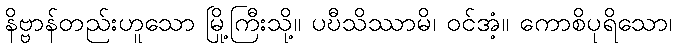
နိဗ္ဗာန်တည်းဟူသော မြို့ကြီးသို့။ ပဎီသိဿာမိ၊ ဝင်အံ့။ ကောစိပုရိသော၊